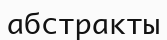
абстракты